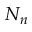
N _ { n }